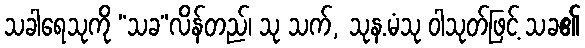
သခါရေသုကို “သခ”လိန်တည်၊ သု သက်, သုန.မံသု ဝါသုတ်ဖြင့် သခ၏